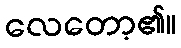
လေတော့၏။